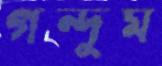
গন্দুম